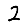
Digit: 2